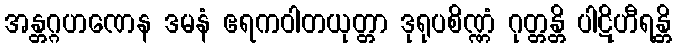
အန္တဂ္ဂဟဏေန ဒမနံ ဧရကဝါတယုတ္တာ ဒုရုပစိဏ္ဏံ ဂုတ္တန္တိ ပါဋိဟီရန္တိ